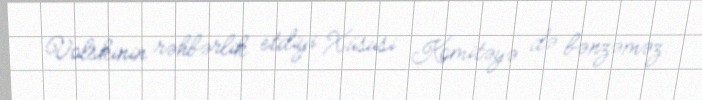
Volskinin rəhbərlik etdiyi Xüsusi Komitəyə də bənzəməz.